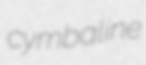
cymbaline